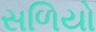
સળિયો